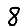
Digit: 8